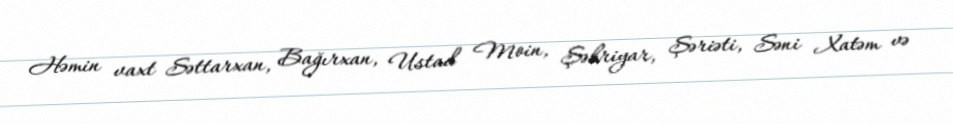
Həmin vaxt Səttarxan, Bağırxan, Ustad Moin, Şəhriyar, Şəriəti, Səni Xatəm və